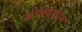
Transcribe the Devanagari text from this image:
सोमप्रकाश